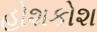
હોશકોશ